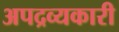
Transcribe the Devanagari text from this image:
अपद्रव्यकारी